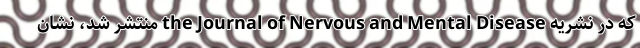
که در نشریه the Journal of Nervous and Mental Disease منتشر شد، نشان